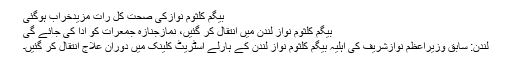
بیگم کلثوم نوازکی صحت کل رات مزیدخراب ہوگئی
بیگم کلثوم نواز لندن میں انتقال کر گئیں، نمازجنازہ جمعرات کو ادا کی جائے گی
لندن: سابق وزیراعظم نوازشریف کی اہلیہ بیگم کلثوم نواز لندن کے ہارلے اسٹریٹ کلینک میں دوران علاج انتقال کر گئیں۔